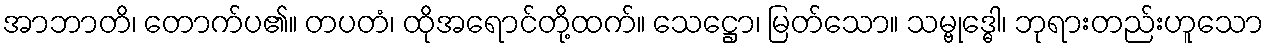
အာဘာတိ၊ တောက်ပ၏။ တပတံ၊ ထိုအရောင်တို့ထက်။ သေဋ္ဌော၊ မြတ်သော။ သမ္ဗုဒ္ဓေါ၊ ဘုရားတည်းဟူသော